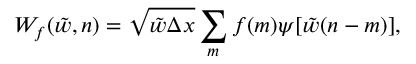
W _ { f } ( \tilde { w } , n ) = \sqrt { \tilde { w } \Delta x } \sum _ { m } f ( m ) \psi [ \tilde { w } ( n - m ) ] ,